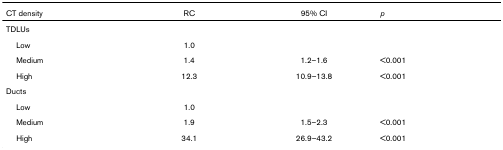
<table><thead><tr><td><b>CT density</b></td><td><b>RC</b></td><td><b>95% CI</b></td><td><b><i>p</i></b></td></tr></thead><tbody><tr><td>TDLUs</td><td></td><td></td><td></td></tr><tr><td> Low</td><td>1.0</td><td></td><td></td></tr><tr><td> Medium</td><td>1.4</td><td>1.2–1.6</td><td>&lt;0.001</td></tr><tr><td> High</td><td>12.3</td><td>10.9–13.8</td><td>&lt;0.001</td></tr><tr><td>Ducts</td><td></td><td></td><td></td></tr><tr><td> Low</td><td>1.0</td><td></td><td></td></tr><tr><td> Medium</td><td>1.9</td><td>1.5–2.3</td><td>&lt;0.001</td></tr><tr><td> High</td><td>34.1</td><td>26.9–43.2</td><td>&lt;0.001</td></tr></tbody></table>